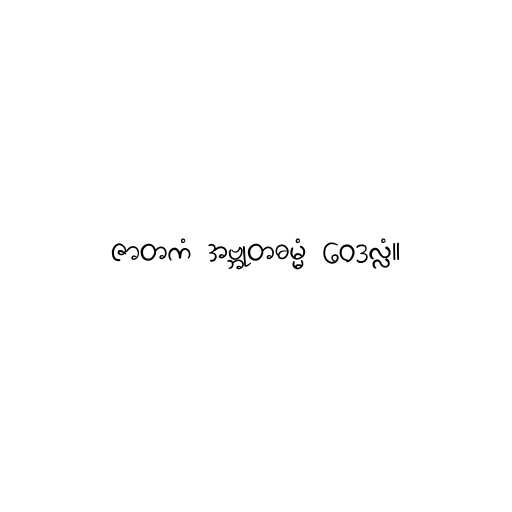
ဇာတကံ အဗ္ဘုတဓမ္မံ ဝေဒလ္လံ။